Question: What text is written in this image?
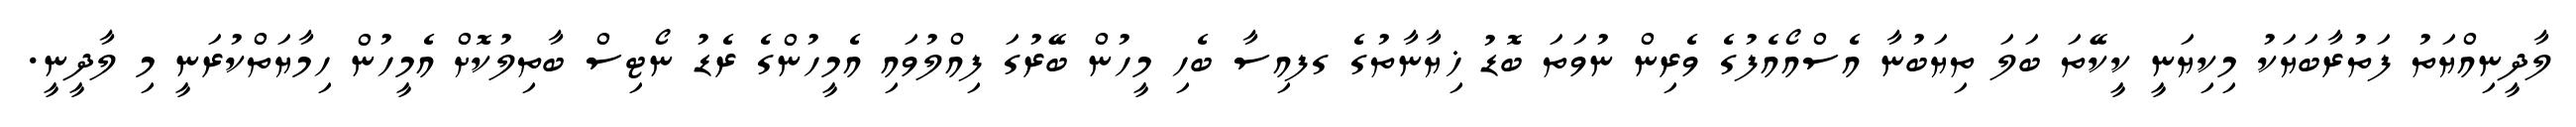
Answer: ލާދީނިއްޔަތު ފަތުރާބަޔަކު މިކިޔަނީ ކީކޭތަ ބަލަ ތިޔަބުނާ އެސްއޯއެފުގެ ވެރިން ނުވަތަ ބޮޑު ޚިޔާނާތުގެ ގފއިސާ ބެހި މީހުން ބޭރުގަ ފިއްލުވައި އެމީހުންގެ ރެޑު ނޯޓިސް ބާތިލުކޮށް އެމީހުން ހިމާޔަތްކުރަނީ މި ލާދީނީ.